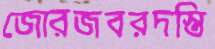
জোরজবরদস্তি